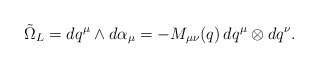
\begin{align*}\tilde \Omega_L = dq^\mu \wedge d\alpha_\mu = -M_{\mu\nu}(q) \, dq^\mu \otimes dq^\nu.\end{align*}